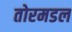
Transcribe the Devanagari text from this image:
तोरमडल